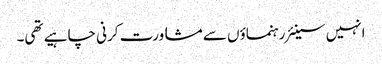
انہیں سینئر رہنماؤں سے مشاورت کرنی چاہیے تھی۔